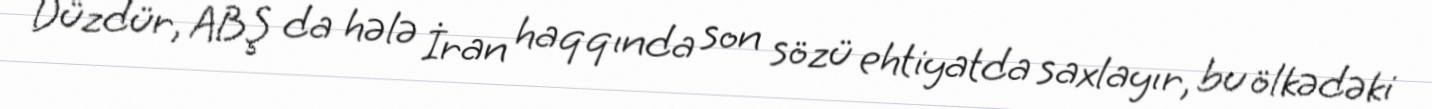
Düzdür, ABŞ da hələ İran haqqında son sözü ehtiyatda saxlayır, bu ölkədəki